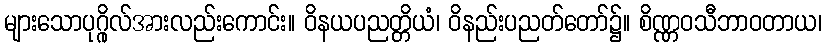
များသောပုဂ္ဂိုလ်အားလည်းကောင်း။ ဝိနယပညတ္တိယံ၊ ဝိနည်းပညတ်တော်၌။ စိဏ္ဏဝသီဘာဝတာယ၊